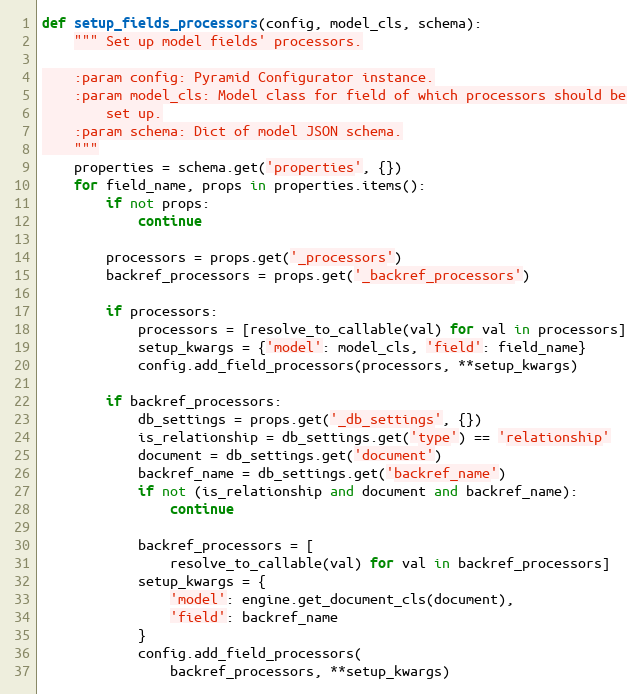
Language: Python
def setup_fields_processors(config, model_cls, schema):
    """ Set up model fields' processors.

    :param config: Pyramid Configurator instance.
    :param model_cls: Model class for field of which processors should be
        set up.
    :param schema: Dict of model JSON schema.
    """
    properties = schema.get('properties', {})
    for field_name, props in properties.items():
        if not props:
            continue

        processors = props.get('_processors')
        backref_processors = props.get('_backref_processors')

        if processors:
            processors = [resolve_to_callable(val) for val in processors]
            setup_kwargs = {'model': model_cls, 'field': field_name}
            config.add_field_processors(processors, **setup_kwargs)

        if backref_processors:
            db_settings = props.get('_db_settings', {})
            is_relationship = db_settings.get('type') == 'relationship'
            document = db_settings.get('document')
            backref_name = db_settings.get('backref_name')
            if not (is_relationship and document and backref_name):
                continue

            backref_processors = [
                resolve_to_callable(val) for val in backref_processors]
            setup_kwargs = {
                'model': engine.get_document_cls(document),
                'field': backref_name
            }
            config.add_field_processors(
                backref_processors, **setup_kwargs)